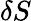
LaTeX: \delta S